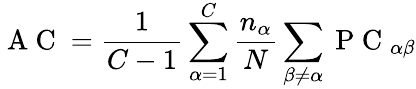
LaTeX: \mathrm{~A~C~}=\frac{1}{C-1}\sum_{\alpha=1}^{C}\frac{n_{\alpha}}{N}\sum_{\beta\neq\alpha}\mathrm{~P~C~}_{\alpha\beta}